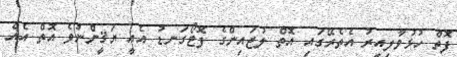
ފޮތް ހުޅުވާލިއިރު އެތެރޭގައި އޮތް ލުޖައިންގެ ފޮޓޯގަނޑު އެއީ ޔަޤީންނުވެ އޮތް އެއް